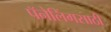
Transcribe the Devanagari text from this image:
पॅनेलिंगसाठी